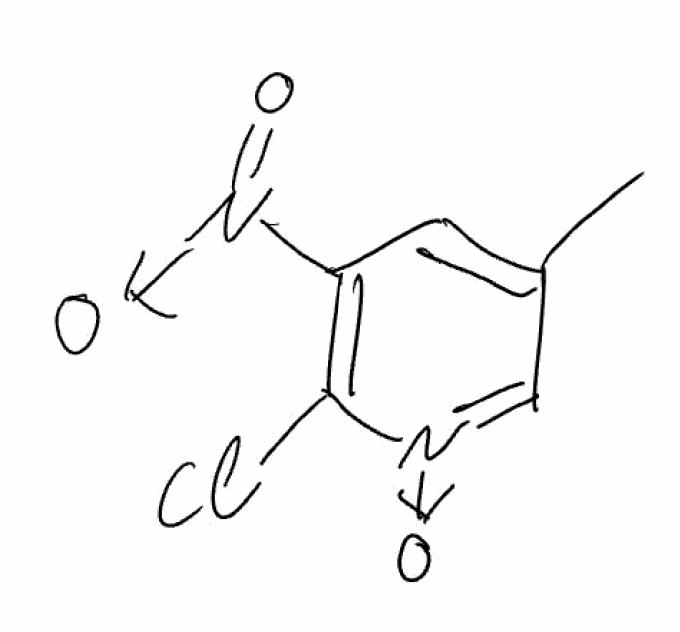
Simplified molecular-input line-entry system (SMILES) notation of the given molecule:
CC1=CC(=C([N+](=C1)[O-])Cl)[N+](=O)[O-]